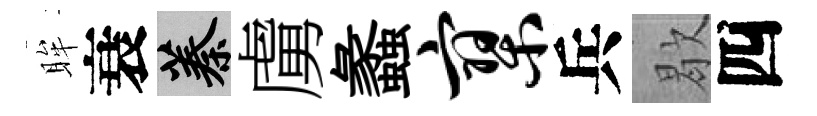
眸衰蓁虜蠡寥兵歇四